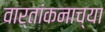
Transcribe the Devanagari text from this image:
वार्तांकनाच्या